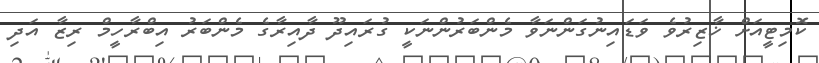
ކޮމިޓީއަށް ޚާޒިރުވެ ވަޑައިނުގަންނަވާ މެންބަރުންނަކީ ގުރައިދޫ ދާއިރާގެ މެންބަރު އިބްރާހީމް ރިޒާ އަދި